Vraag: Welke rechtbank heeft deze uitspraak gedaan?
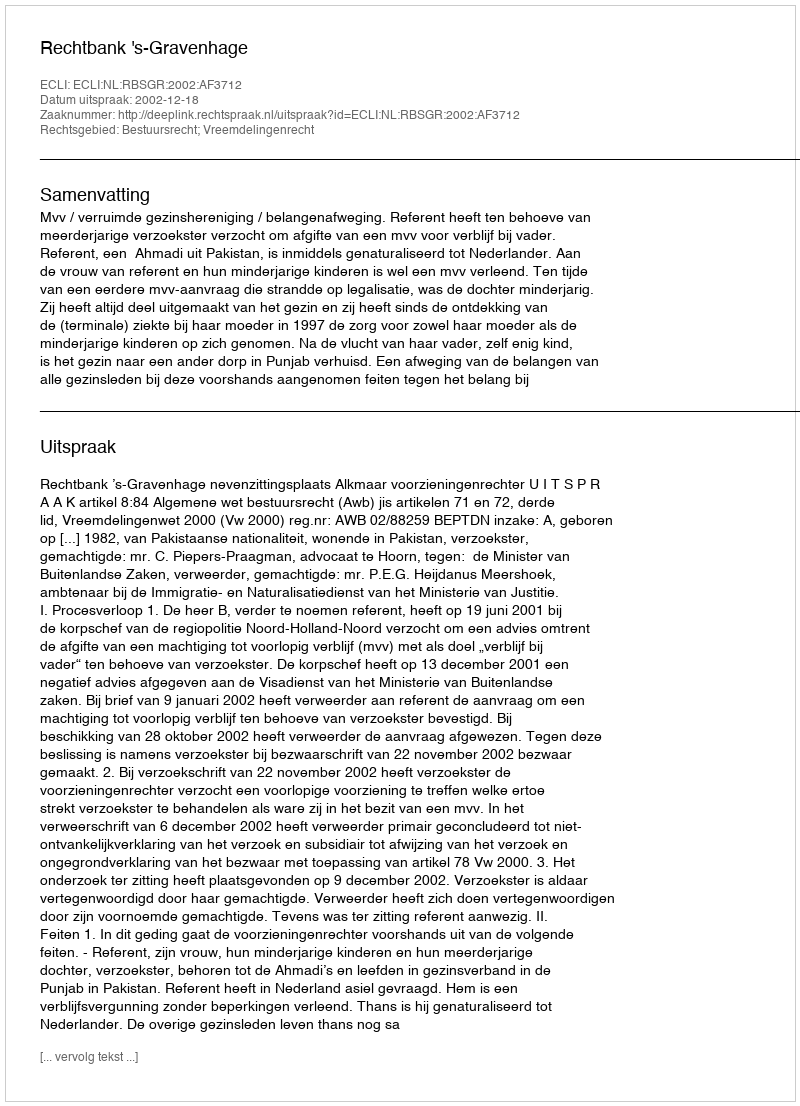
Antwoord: Rechtbank 's-Gravenhage